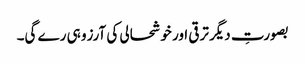
بصورتِ دیگر ترقی اور خوشحالی کی آرزو ہی رے گی۔